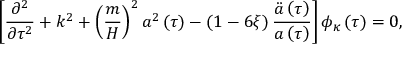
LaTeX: \left[ \frac { \partial ^ { 2 } } { \partial \tau ^ { 2 } } + k ^ { 2 } + \left( \frac { m } { H } \right) ^ { 2 } a ^ { 2 } \left( \tau \right) - \left( 1 - 6 \xi \right) \frac { \ddot { a } \left( \tau \right) } { a \left( \tau \right) } \right] \phi _ { \kappa } \left( \tau \right) = 0 ,